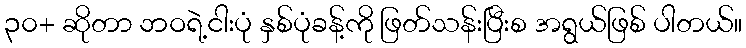
၃၀+ ဆိုတာ ဘဝရဲ့ငါးပုံ နှစ်ပုံခန့်ကို ဖြတ်သန်းပြီးစ အရွယ်ဖြစ် ပါတယ်။